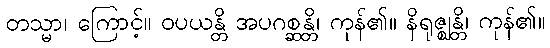
တသ္မာ၊ ကြောင့်။ ဝပယန္တိ အပဂစ္ဆန္တိ၊ ကုန်၏။ နိရုဇ္ဈန္တိ၊ ကုန်၏။